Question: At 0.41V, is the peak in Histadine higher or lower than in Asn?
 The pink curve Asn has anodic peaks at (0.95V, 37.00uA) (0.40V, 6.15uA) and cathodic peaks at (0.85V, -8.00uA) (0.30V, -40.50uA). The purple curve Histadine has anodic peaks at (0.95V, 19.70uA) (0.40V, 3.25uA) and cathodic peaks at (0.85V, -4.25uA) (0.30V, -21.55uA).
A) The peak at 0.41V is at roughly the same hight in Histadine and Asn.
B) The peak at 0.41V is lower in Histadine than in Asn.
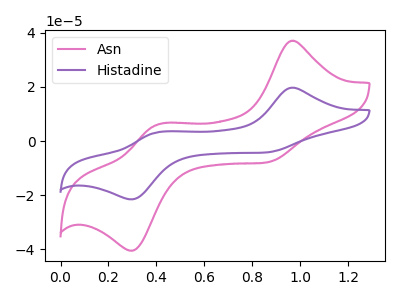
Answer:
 <answer>B) The peak at 0.41V is lower in "Histadine" than in "Asn".</answer>
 <eval>B</eval>